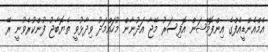
އެމްއެންޑީއެފްގެ އިންފޮމޭޝަން އޮފިސަރު މޭޖާ އަދުނާން މުހައްމަދު ވިދާޅުވީ ތެޔޮބާޖު ފުންކުރެވުނީ ރޭ